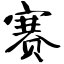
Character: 赛